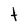
Character: t